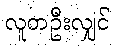
လူတဦးလျှင်